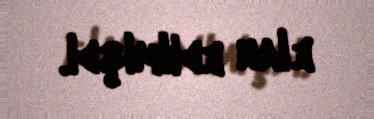
elan edilmişdi.